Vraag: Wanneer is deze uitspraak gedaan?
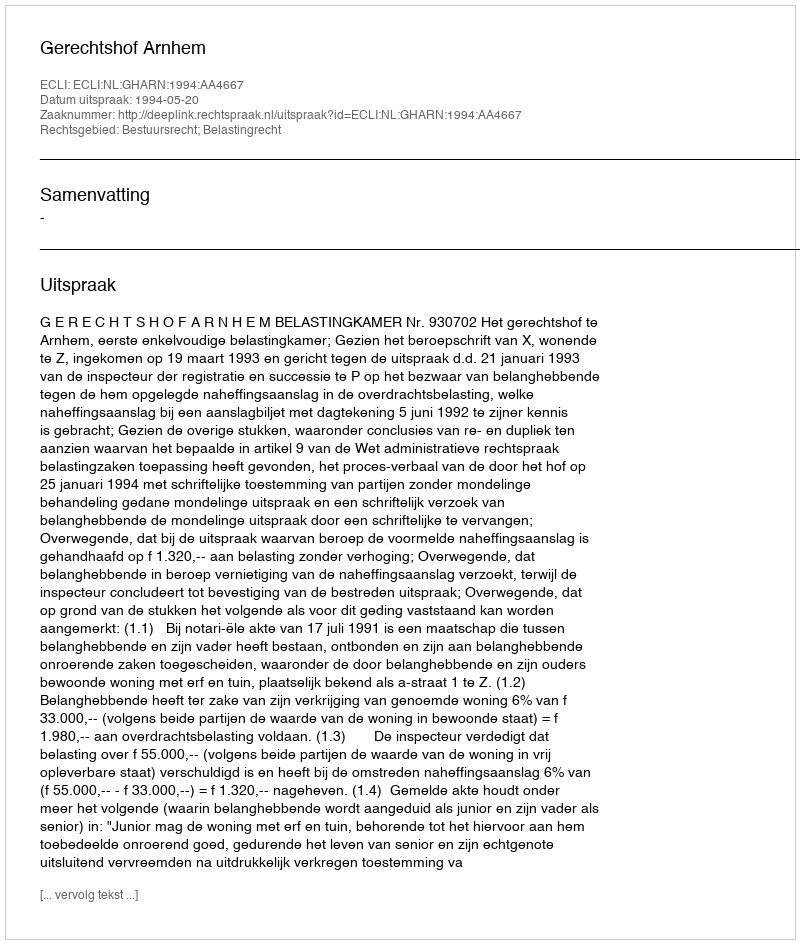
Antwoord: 1994-05-20